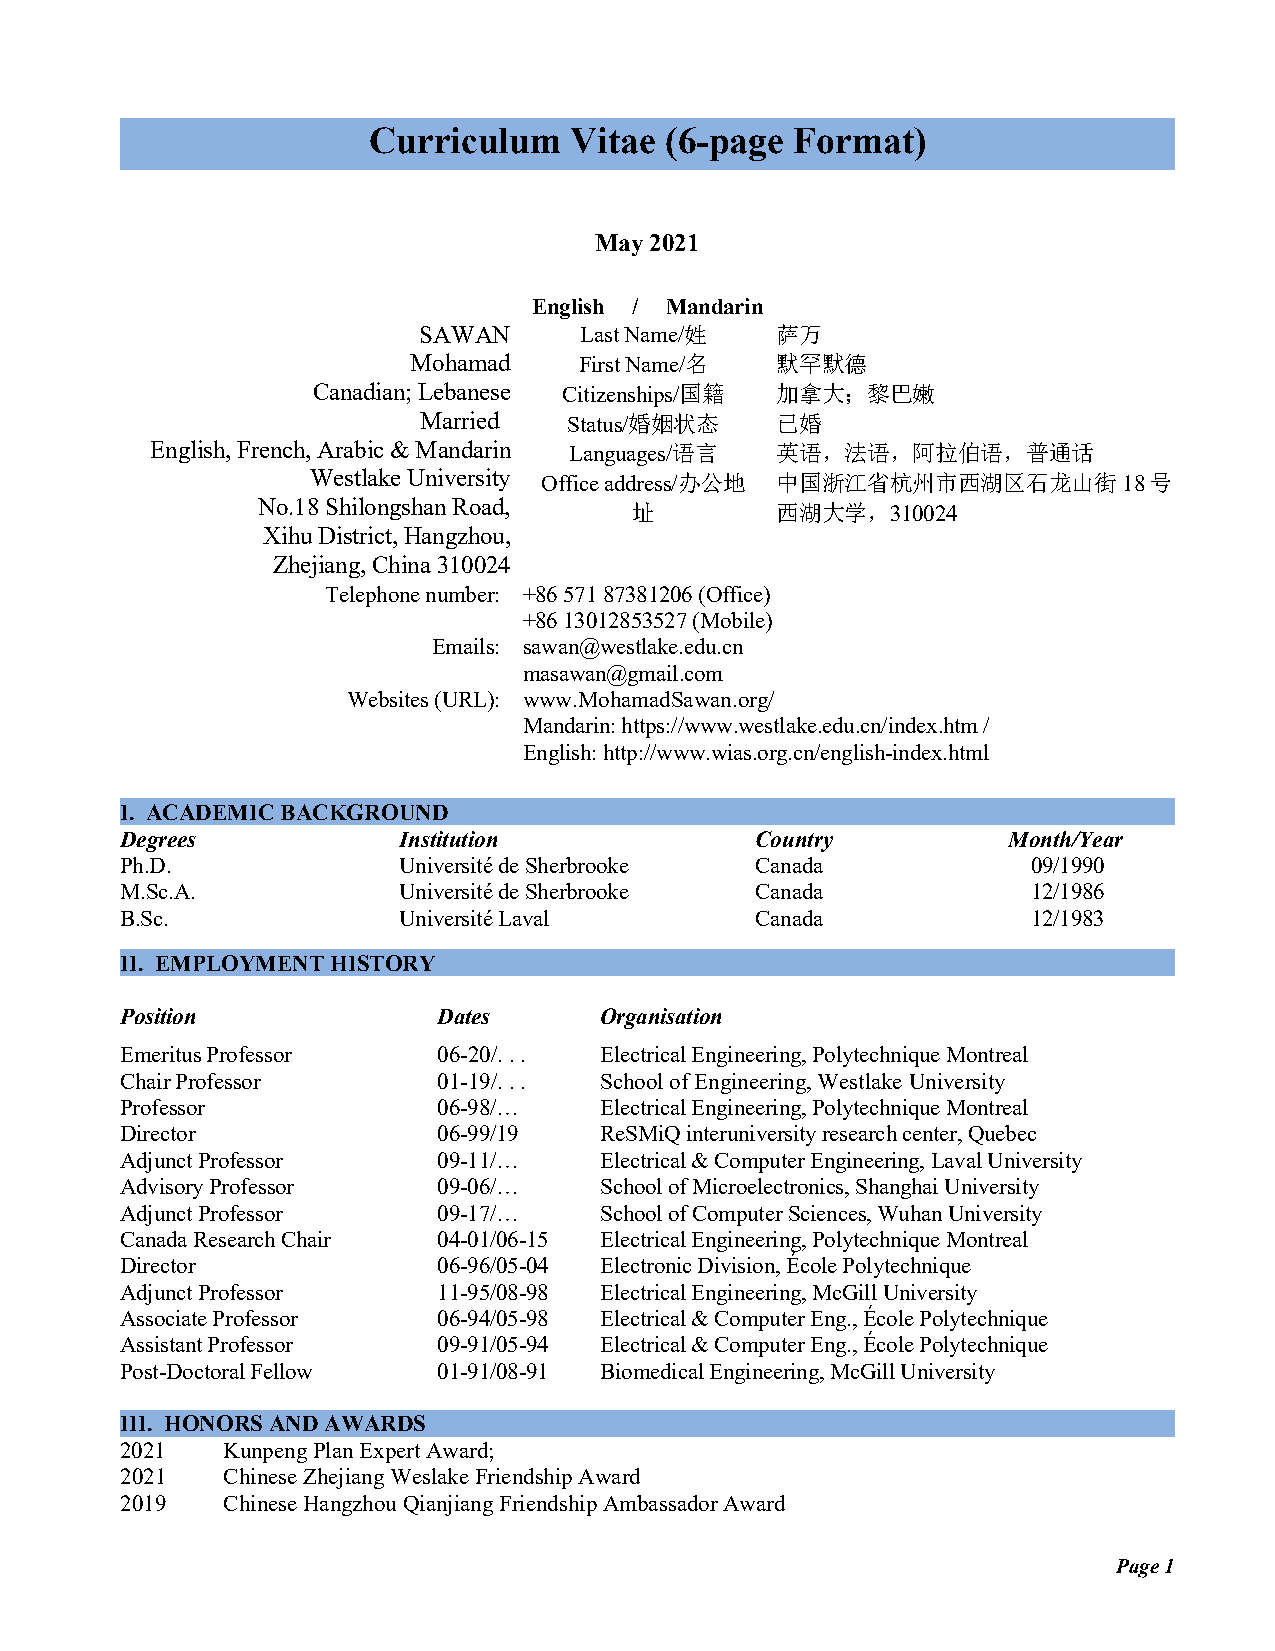
Curriculum    Vitae (6-page  Format)
 May2021
 English / Mandarin
 SAWAN     LastName/姓   萨万
 Mohamad    FirstName/名  默罕默德
 Canadian;Lebanese Citizenships/国籍 加拿大；黎巴嫩
 Married   Status/婚姻状态  已婚
 English,French,Arabic&Mandarin Languages/语言 英语，法语，阿拉伯语，普通话
 WestlakeUniversity Officeaddress/办公地 中国浙江省杭州市西湖区石龙山街18号
 No.18ShilongshanRoad,    址        西湖大学，310024
 XihuDistrict,Hangzhou,
 Zhejiang,China310024
 Telephonenumber: +8657187381206(Office)
 +8613012853527(Mobile)
 Emails: sawan@westlake.edu.cn
 masawan@gmail.com
 Websites(URL): www.MohamadSawan.org/
 Mandarin:https://www.westlake.edu.cn/index.htm/
 English:http://www.wias.org.cn/english-index.html
 I. ACADEMICBACKGROUND
 Degrees           Institution             Country          Month/Year
 Ph.D.             UniversitédeSherbrooke  Canada            09/1990
 M.Sc.A.           UniversitédeSherbrooke  Canada            12/1986
 B.Sc.             UniversitéLaval         Canada            12/1983
 II. EMPLOYMENTHISTORY
 Position             Dates      Organisation
 EmeritusProfessor    06-20/...  ElectricalEngineering,PolytechniqueMontreal
 ChairProfessor       01-19/...  SchoolofEngineering,WestlakeUniversity
 Professor            06-98/…    ElectricalEngineering,PolytechniqueMontreal
 Director             06-99/19   ReSMiQinteruniversityresearchcenter,Quebec
 AdjunctProfessor     09-11/…    Electrical&ComputerEngineering,LavalUniversity
 AdvisoryProfessor    09-06/…    SchoolofMicroelectronics,ShanghaiUniversity
 AdjunctProfessor     09-17/…    SchoolofComputerSciences,WuhanUniversity
 CanadaResearchChair  04-01/06-15 ElectricalEngineering,PolytechniqueMontreal
 Director             06-96/05-04 ElectronicDivision,ÉcolePolytechnique
 AdjunctProfessor     11-95/08-98 ElectricalEngineering,McGillUniversity
 AssociateProfessor   06-94/05-98 Electrical&ComputerEng.,ÉcolePolytechnique
 AssistantProfessor   09-91/05-94 Electrical&ComputerEng.,ÉcolePolytechnique
 Post-DoctoralFellow  01-91/08-91 BiomedicalEngineering,McGillUniversity
 III. HONORSANDAWARDS
 2021   KunpengPlanExpertAward;
 2021   ChineseZhejiangWeslakeFriendshipAward
 2019   ChineseHangzhouQianjiangFriendshipAmbassadorAward
 Page1